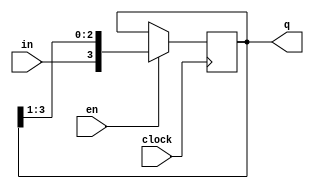
module ShiftReg(in, en, clock, q);
  parameter n = 4;
  input in, en, clock;
  output [n-1:0]q;
  reg [n-1:0]q;
  initial
    q = 4'd10;
    always @ (posedge clock)
      begin
        if(en)
          q = {in, q[n-1:1]};
      end
endmodule

module ShiftRegTestBench;
  parameter n = 4;
  reg en, in, clock;
  wire [n-1:0]q;
  ShiftReg mod(in, en, clock, q);
  initial
    begin
      clock = 1'b0;
      repeat (10)
      #2  clock = ~clock;
    end
  initial
    begin
      $monitor($time, " Enable = %b, Input = %b, Q = %b.", en, in, q);
      #1  in = 1'b0;  en = 1'b0;
      #4  in = 1'b1;  en = 1'b1;
      #4  in = 1'b1;  en = 1'b0;
      #4  in = 1'b0;  en = 1'b1;
    end
endmodule